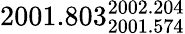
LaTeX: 2001.803_{2001.574}^{2002.204}